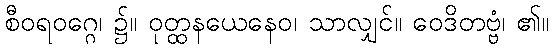
စီဝရဝဂ္ဂေ၊ ၌။ ဝုတ္ထနယေနေဝ၊ သာလျှင်။ ဝေဒိတဗ္ဗံ၊ ၏။